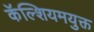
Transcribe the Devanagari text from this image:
कॅल्शियमयुक्त